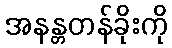
အနန္တတန်ခိုးကို